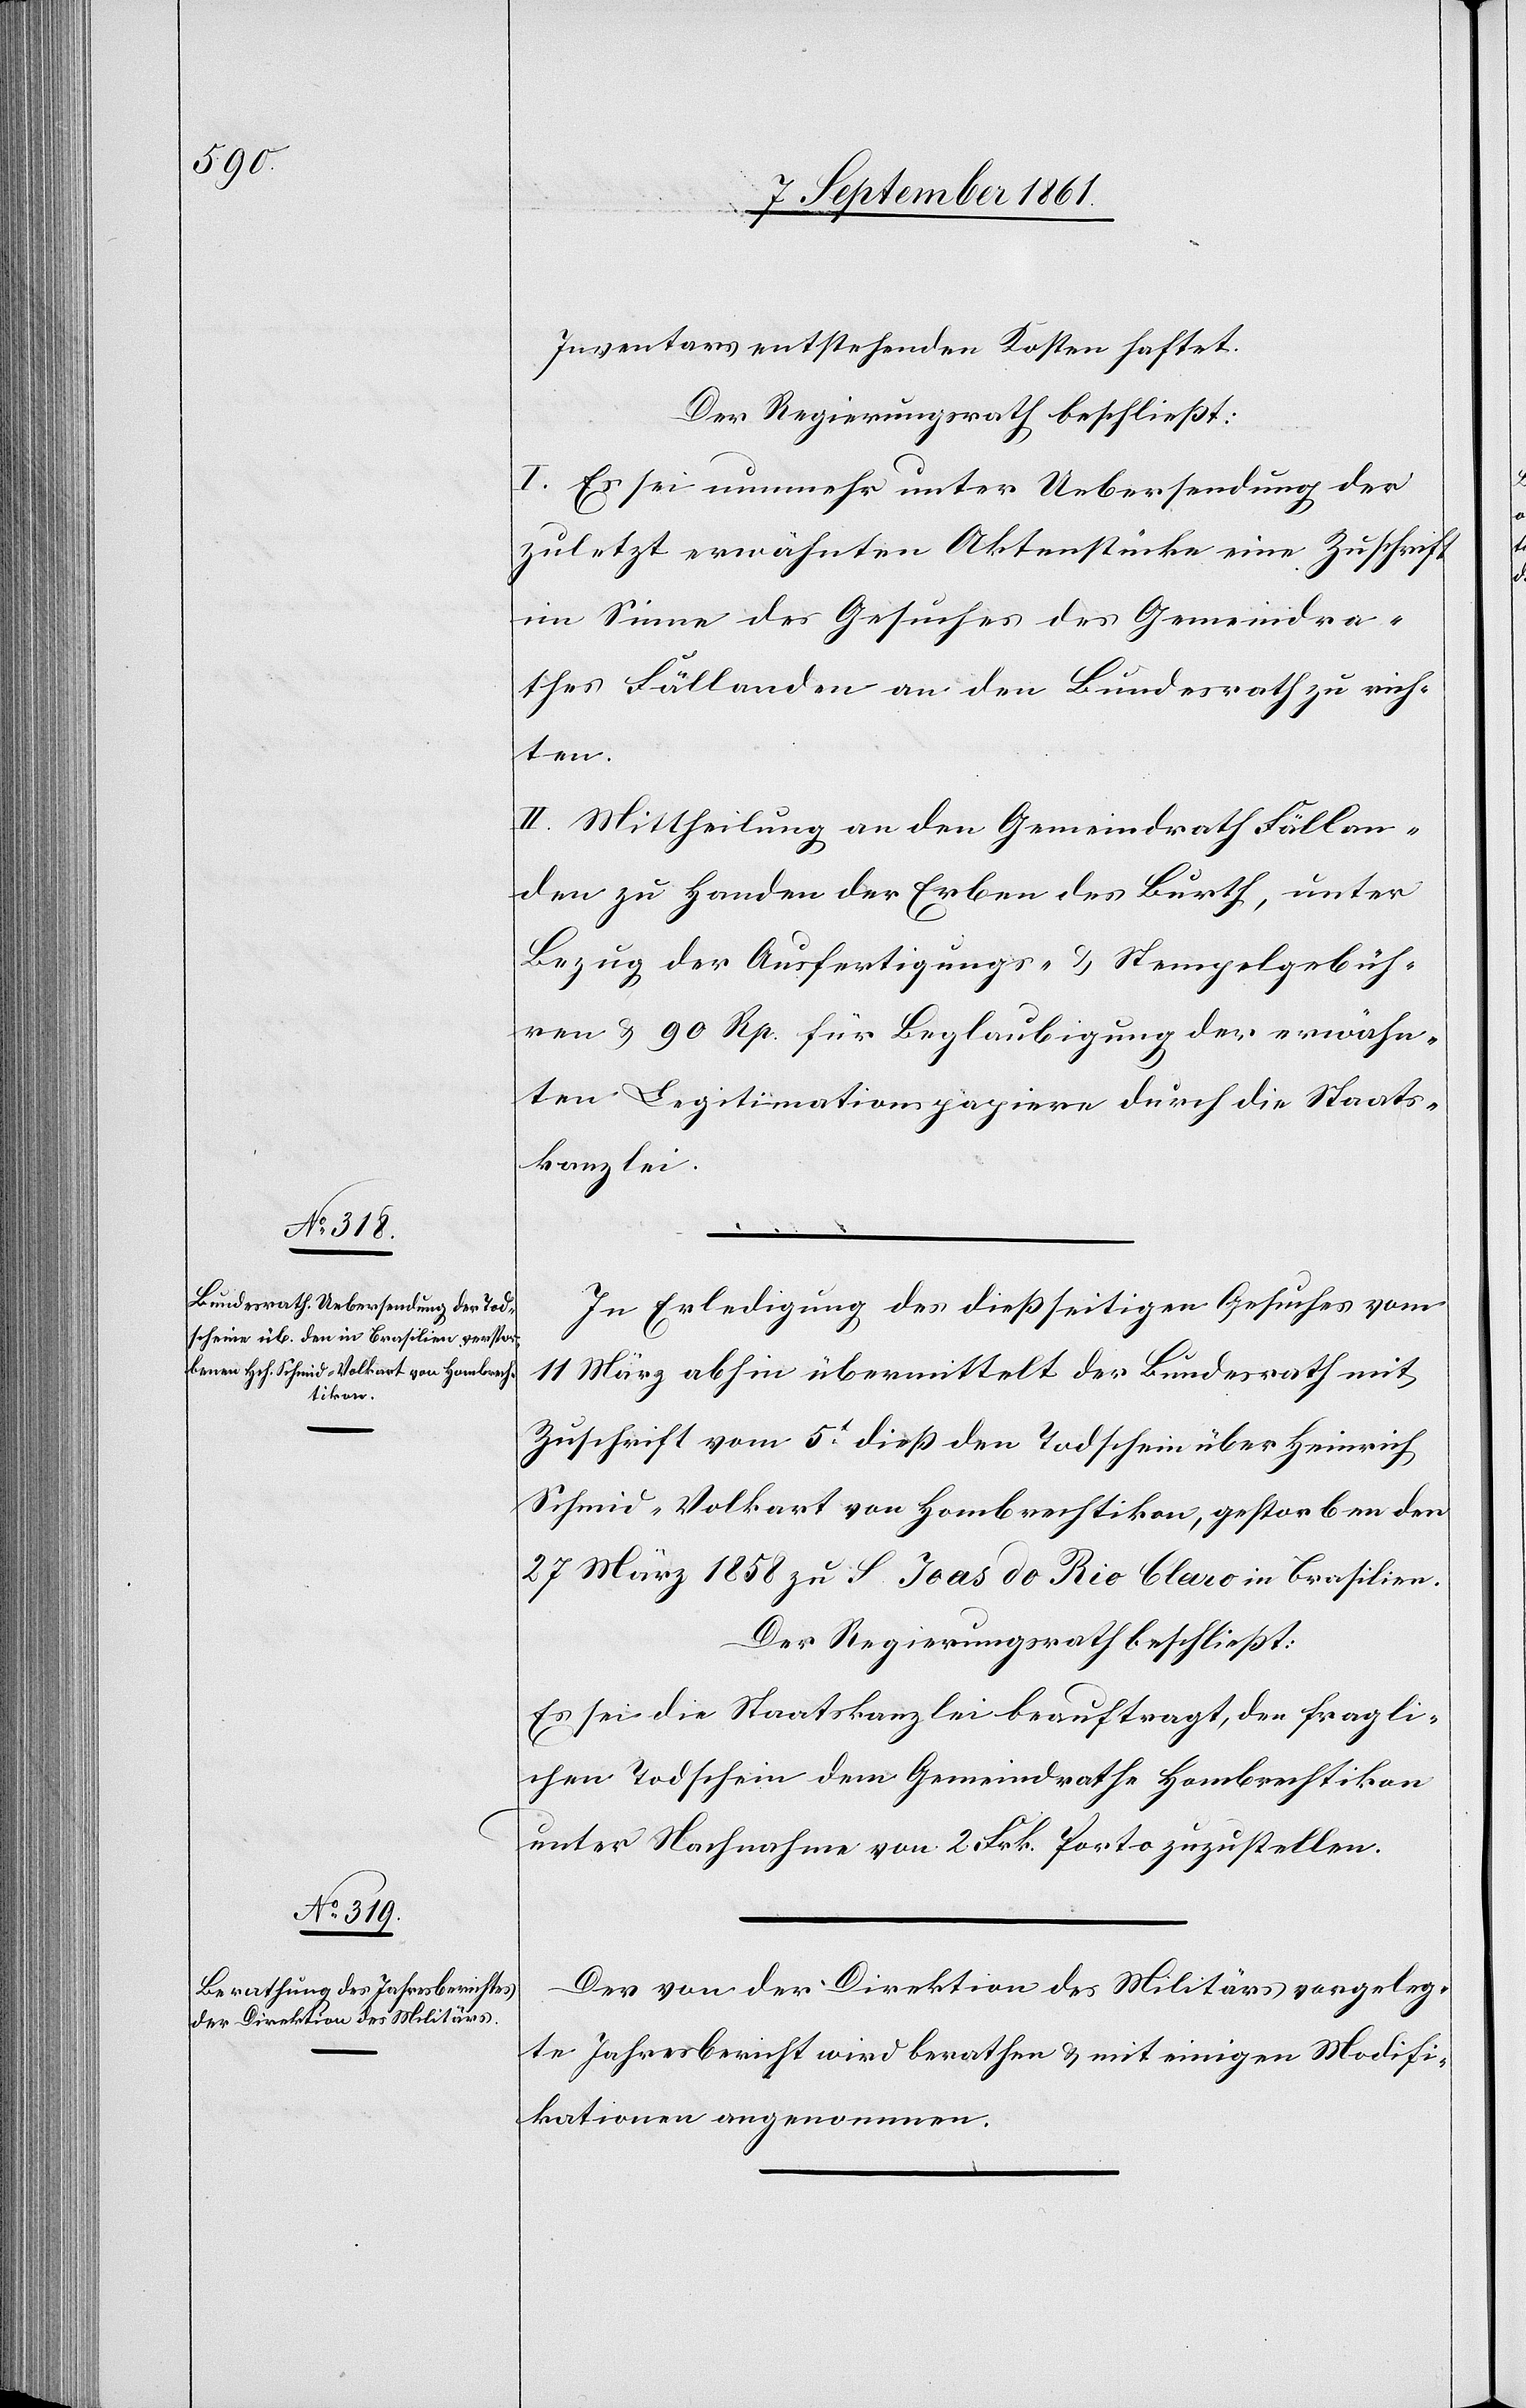
Inventars entstehenden Kosten haftet.
Der Regierungsrath beschließt:
I. Es sei nunmehr unter Uebersendung der
zuletzt erwähnten Aktenstücke eine Zuschrift
im Sinne des Gesuches des Gemeindra¬
thes Fällanden an den Bundesrath zu rich¬
ten.
II. Mittheilung an den Gemeindrath Fällan¬
den zu Handen der Erben des Burth, unter
Bezug der Ausfertigungs- u. Stempelgebüh¬
ren u. 90 Rp. für Beglaubigung der erwähn¬
ten Legitimationspapiere durch die Staats¬
kanzlei.
In Erledigung des dießseitigen Gesuches vom
11 März abhin übermittelt der Bundesrath mit
Zuschrift vom 5t dieß den Todschein über Heinrich
Schmid-Volkart von Hombrechtikon, gestorben den
27 März 1858 zu S. Joas do Rio Claro in Brasilien.
Der Regierungsrath beschließt:
Es sei die Staatskanzlei beauftragt, den fragli¬
chen Todschein dem Gemeindrathe Hombrechtikon
unter Nachnahme von 2 Frk. Porto zuzustellen.
Der von der Direktion des Militärs vorgeleg¬
te Jahresbericht wird berathen u. mit einigen Modifi¬
kationen angenommen.